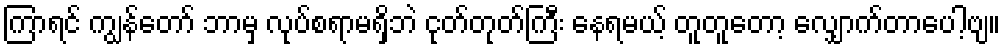
ကြာရင် ကျွန်တော် ဘာမှ လုပ်စရာမရှိဘဲ ငုတ်တုတ်ကြီး နေရမယ့် တူတူတော့ လျှောက်တာပေါ့ဗျ။